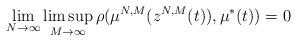
LaTeX: \begin{align*}\ \lim_{N\rightarrow\infty}\limsup_{M\rightarrow\infty}\rho (\mu^{N,M}(z^{N,M}(t)),\mu^*(t)) = 0 \end{align*}